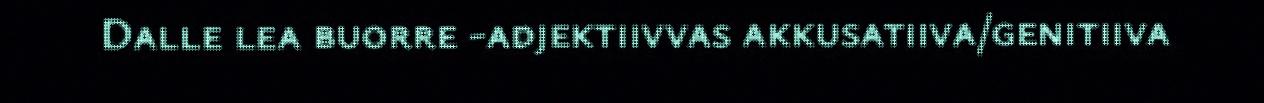
Dalle lea buorre -adjektiivvas akkusatiiva/genitiiva